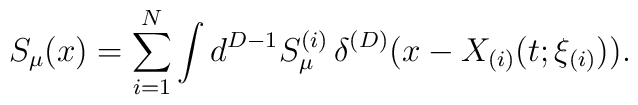
S_{\mu}(x)= \sum_{i=1}^{N} \int d^{D-1}S_{\mu}^{(i)} \,\delta^{(D)}(x- X_{(i)}(t; \xi_{(i)})).